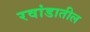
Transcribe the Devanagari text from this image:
रवांडातील